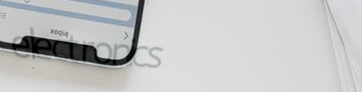
electronics